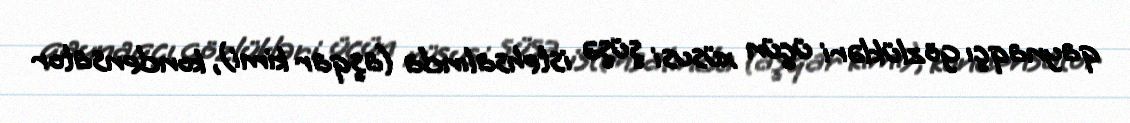
qaynaqçı gözlükləri üçün xüsusi şüşə istehsalında (aşqar kimi), kondensator